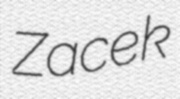
Zacek